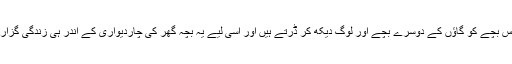
مہندی حسن نامی اس بچے کو گاؤں کے دوسرے بچے اور لوگ دیکھ کر ڈرتے ہیں اور اسی لیے یہ بچہ گھر کی چاردیواری کے اندر ہی زندگی گزارنے پر مجبور ہے۔